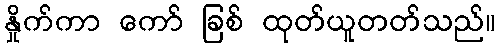
နှိုက်ကာ ကော် ခြစ် ထုတ်ယူတတ်သည်။